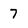
Character: 7